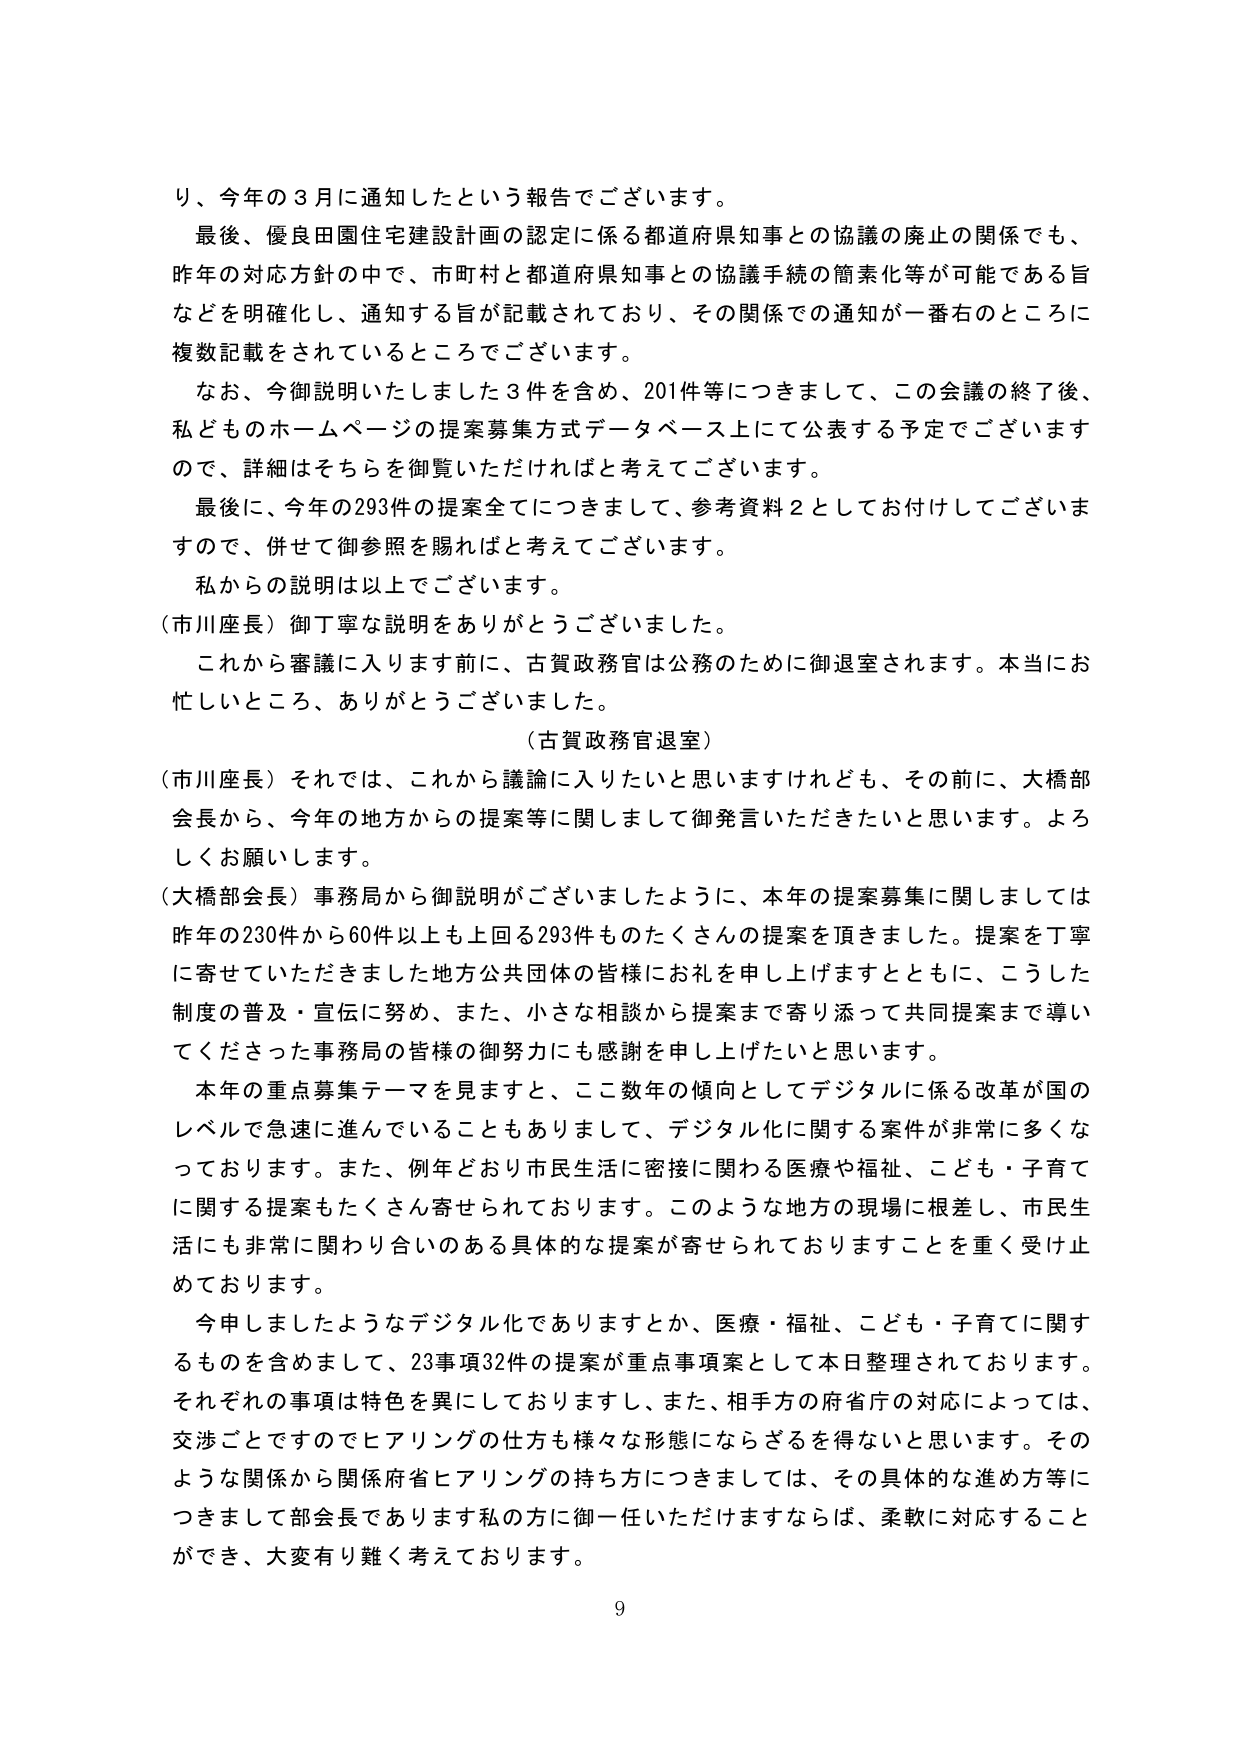
り、今年の３月に通知したという報告でございます。

最後、優良田園住宅建設計画の認定に係る都道府県知事との協議の廃止の関係でも、
昨年の対応方針の中で、市町村と都道府県知事との協議手続の簡素化等が可能である旨
などを明確化し、通知する旨が記載されており、その関係での通知が一番右のところに
複数記載をされているところでございます。

なお、今御説明いたしました３件を含め、201件等につきまして、この会議の終了後、
私どものホームページの提案募集方式データベース上にて公表する予定でございます
ので、詳細はそちらを御覧いただければと考えてございます。

最後に、今年の293件の提案全てにつきまして、参考資料２としてお付けしてございま
すので、併せて御参照を賜ればと考えてございます。

私からの説明は以上でございます。

（市川座長）御丁寧な説明をありがとうございました。

これから審議に入ります前に、古賀政務官は公務のために御退室されます。本当にお
忙しいところ、ありがとうございます。

（古賀政務官退室）

（市川座長）それでは、これから議論に入りたいと思いますけれども、その前に、大橋部
会長から、今年の地方からの提案等に関して御発言いただきたいと思います。よろ
しくお願いします。

（大橋部会長）事務局から御説明がございましたように、本年の提案募集に関しましては
昨年の230件から60件以上も上回る293件ものたくさんの提案を頂きました。提案を丁寧
に寄せていただきました地方公共団体の皆様にお礼を申し上げますとともに、こうした
制度の普及・宣伝に努め、また、小さな相談から提案まで寄り添って共同提案まで導い
てくださった事務局の皆様の御努力にも感謝を申し上げたいと思います。

本年の重点募集テーマを見ますと、ここ数年の傾向としてデジタルに係る改革が国の
レベルで急速に進んでいることもありまして、デジタル化に関する案件が非常に多くな
っております。また、例年どおり市民生活に密接に関わる医療や福祉、こども・子育て
に関する提案もたくさん寄せられております。このような地方の現場に根差し、市民生
活にも非常に関わり合いのある具体的な提案が寄せられておりますことを重く受け止
めております。

今申しましたようなデジタル化でありますとか、医療・福祉、こども・子育てに関する
ものを含めまして、23事項32件の提案が重点事項案として本日整理されております。
それぞれの事項は特色を異にしておりますし、また、相手方の府省庁の対応によっては、
交渉ごとですのでヒアリングの仕方も様々な形態にならざるを得ないと思います。その
ような関係から関係府省ヒアリングの持ち方につきましては、その具体的な進め方等に
つきまして部会長であります私の方に御一任いただけますならば、柔軟に対応すること
ができ、大変有り難く考えております。

9